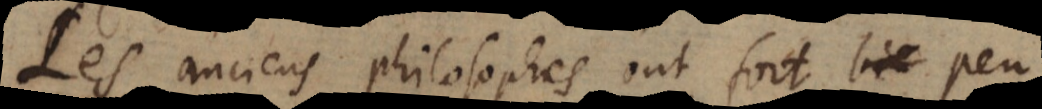
Les anciens philosophes ont fort bie peu